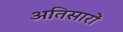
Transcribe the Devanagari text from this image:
अतिसारों